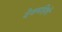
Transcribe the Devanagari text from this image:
देवमहिषी